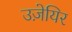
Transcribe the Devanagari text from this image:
उज़ेयिर